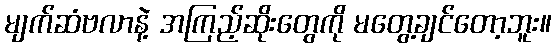
မျက်ဆံဗလာနဲ့ အကြည့်ဆိုးတွေကို မတွေ့ချင်တော့ဘူး။